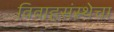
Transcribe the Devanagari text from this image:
विवाहसंस्थेचा